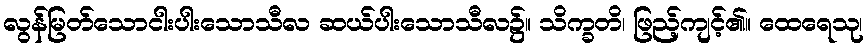
လွန်မြတ်သောငါးပါးသောသီလ ဆယ်ပါးသောသီလ၌။ သိက္ခတိ၊ ဖြည့်ကျင့်၏။ ထေရေသု၊